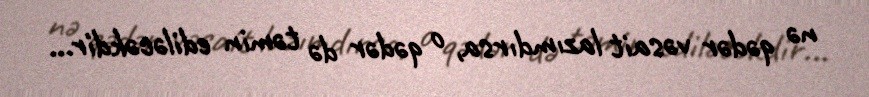
nə qədər vəsait lazımdırsa, o qədər də təmin ediləcəkdir...